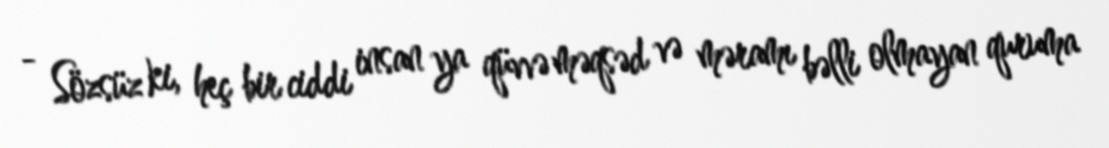
- Sözsüz ki, heç bir ciddi insan ya qüvvə məqsəd və məramı bəlli olmayan quruma